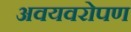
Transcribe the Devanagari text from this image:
अवयवरोपण